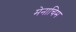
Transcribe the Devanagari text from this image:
मेनाचिम